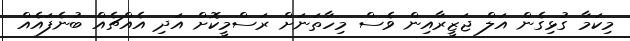
މިކަމާ ގުޅިގެން އަލް ޖަޒީރާއިން ވެސް މިހާތަނަށް ރަސްމީކޮށް އަދި އެއްޗެއް ބުނެފައެއް